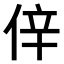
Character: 𠉄